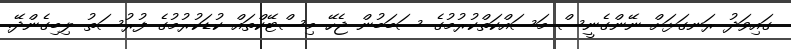
ގައިވަދު ރަނގަޅަށް ނޭންގެނީސް މަސައްކަތްކުރުމުގެ ސަބަބުން ޖެހޭ މިސްޓޭކްތައް ކުޑަކުރުމުގެ ފުރުސަތު ލިބިގެންދޭ.